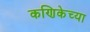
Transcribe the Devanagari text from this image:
कणिकेच्या